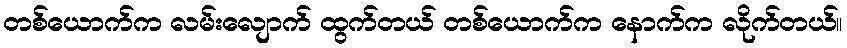
တစ်ယောက်က လမ်းလျောက် ထွက်တယ် တစ်ယောက်က နောက်က လိုက်တယ်။